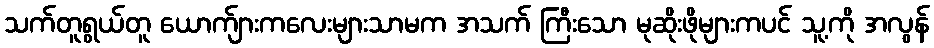
သက်တူရွယ်တူ ယောက်ျားကလေးများသာမက အသက် ကြီးသော မုဆိုးဖိုများကပင် သူ့ကို အလွန်